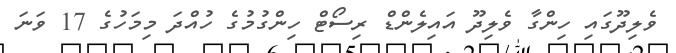
ވެލިދޫގައި ހިންގާ ވެލިދޫ އައިލެންޑް ރިސޯޓް ހިންގުމުގެ ހުއްދަ މިމަހުގެ 17 ވަނަ